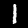
Label: 1